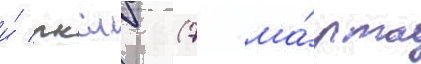
и́ лксмб (7 ма́рта